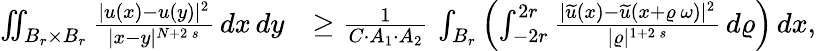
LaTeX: \begin{array}{rl}{\iint_{B_{r}\times B_{r}}\frac{|u(x)-u(y)|^{2}}{|x-y|^{N+2\, s}}\, dx\, dy}&{\ge\frac{1}{C\cdot A_{1}\cdot A_{2}}\, \int_{B_{r}}\left(\int_{-2r}^{2r}\frac{|\widetilde{u}(x)-\widetilde{u}(x+\varrho\, \omega)|^{2}}{|\varrho|^{1+2\, s}}\, d\varrho\right)\, dx,}\end{array}